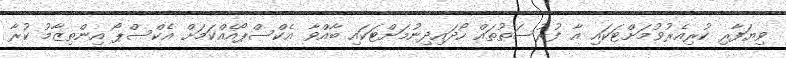
ވިޔަފާރި ކުރިއެރުވުމަށްޓަކައި އާ ފުރުސަތުތައް ހޯދައިދިނުމަށްޓަކައި ބާއްވާ އެކްސްޕޯއެއްކަމަށްް އެކްސްޕޯ އިންތިޒާމު ކުރާ